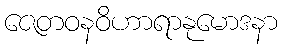
ဇေတဝနဝိဟာရာနုမောဒနာ